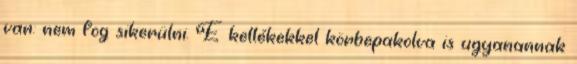
van: nem fog sikerülni. E kellékekkel körbepakolva is ugyanannak